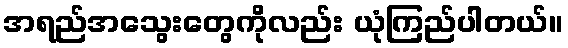
အရည်အသွေးတွေကိုလည်း ယုံကြည်ပါတယ်။